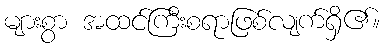
များစွာ အထင်ကြီးစရာဖြစ်လျက်ရှိ၏။